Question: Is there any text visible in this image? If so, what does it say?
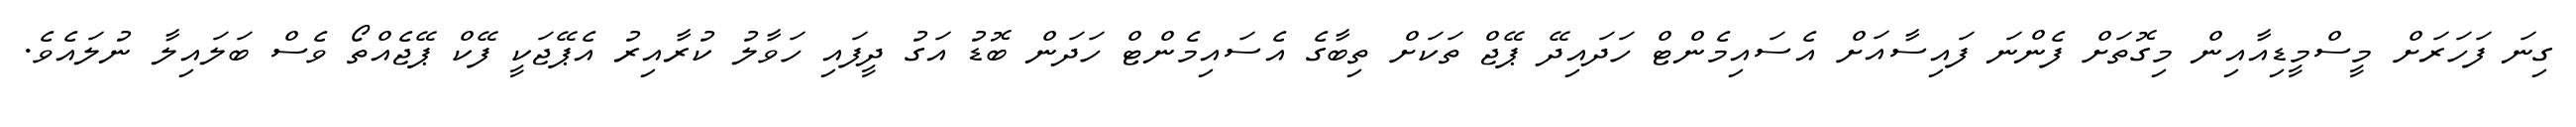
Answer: ގިނަ ފަހަރަށް މީސްމީޑިއާއިން މިގޮތަށް ފެންނަ ފައިސާއަށް އެސައިމެންޓް ހަދައިދޭ ޕޭޖް ތަކަށް ތިބާގެ އެސައިމެންޓް ހަދަން ބޮޑު އަގު ދީފައި ހަވާލު ކުރާއިރު އެޕޭޖަކީ ފޭކް ޕޭޖެއްތޯ ވެސް ބަލައިލާ ނުލައެވެ.